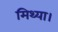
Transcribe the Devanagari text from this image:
मिथ्या।